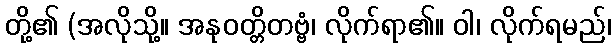
တို့၏ (အလိုသို့။ အနုဝတ္တိတဗ္ဗံ၊ လိုက်ရာ၏။ ဝါ၊ လိုက်ရမည်၊